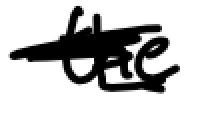
Text: the
Cross-out: scratch
Writing tool: digital_black